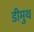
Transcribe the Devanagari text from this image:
डीमुथ